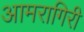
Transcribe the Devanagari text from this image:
आमरागिरी